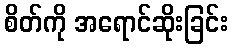
စိတ်ကို အရောင်ဆိုးခြင်း